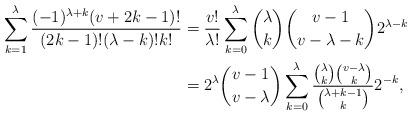
LaTeX: \begin{align*} \sum_{k=1}^\lambda\frac{(-1)^{\lambda+k}(v+2k-1)!}{(2k-1)!(\lambda-k)!k!} &= \frac{v!}{\lambda!}\sum_{k=0}^\lambda\binom{\lambda}{k}\binom{v-1}{v-\lambda-k}2^{\lambda-k}\\ &=2^\lambda \binom{v-1}{v-\lambda}\sum_{k=0}^{\lambda} \frac{\binom{\lambda}{k}\binom{v-\lambda}{k}}{\binom{\lambda+k-1}{k}}2^{-k},\end{align*}